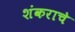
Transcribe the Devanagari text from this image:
शंकराच॓